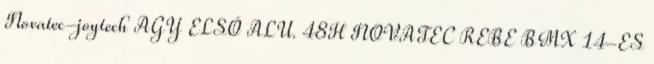
Novatec-joytech AGY ELSŐ ALU. 48H NOVATEC REBE BMX 14-ES